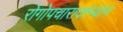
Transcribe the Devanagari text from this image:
रोगोपचारादरम्यान